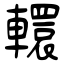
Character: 轘